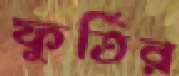
ফুর্তির